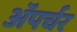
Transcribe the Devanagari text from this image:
ॲपर्चर